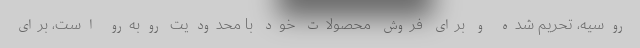
روسیه، تحریم شده و برای فروش محصولات خود با محدودیت روبه‌رو است، برای